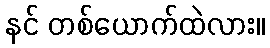
နင် တစ်ယောက်ထဲလား။